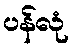
ပန်လုံ